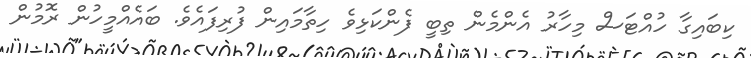
ކިބައިގާ ހުއްޓަސް މިހާރު އެންމެން ތިބީ ފެންކަޅިވެ ހިތާމައިން ފުރިފައެވެ. ބައެއްމީހުން ރޮމުން